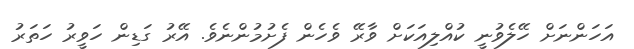
އަހަންނަށް ހޭލެވުނީ ކުއްލިއަކަށް ވާރޭ ވެހެން ފެށުމުންނެވެ. އޭރު ގަޑިން ހަވީރު ހަތަރު